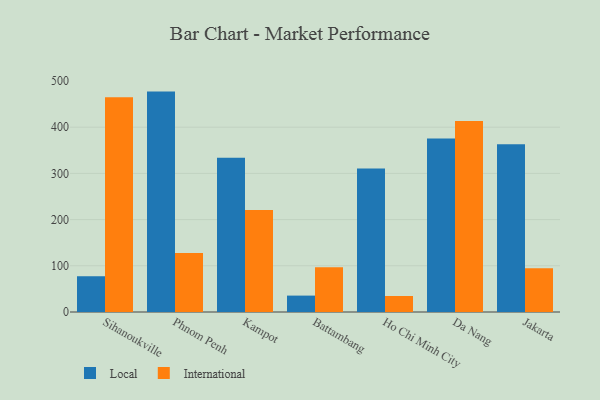
{"axis": {"x": "City", "y": "Operating Costs (USD K)"}, "legend": ["International", "Local"], "data": [{"x": "Sihanoukville", "y": 77.4, "type": "Local"}, {"x": "Sihanoukville", "y": 464.9, "type": "International"}, {"x": "Phnom Penh", "y": 477.0, "type": "Local"}, {"x": "Phnom Penh", "y": 127.7, "type": "International"}, {"x": "Kampot", "y": 334.0, "type": "Local"}, {"x": "Kampot", "y": 220.5, "type": "International"}, {"x": "Battambang", "y": 35.5, "type": "Local"}, {"x": "Battambang", "y": 97.1, "type": "International"}, {"x": "Ho Chi Minh City", "y": 310.8, "type": "Local"}, {"x": "Ho Chi Minh City", "y": 34.7, "type": "International"}, {"x": "Da Nang", "y": 375.5, "type": "Local"}, {"x": "Da Nang", "y": 413.5, "type": "International"}, {"x": "Jakarta", "y": 363.2, "type": "Local"}, {"x": "Jakarta", "y": 94.5, "type": "International"}]}